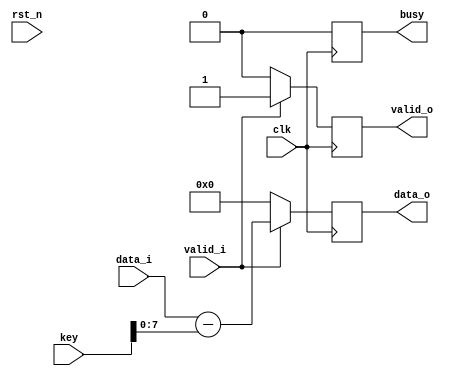
`timescale 1ns / 1ps


`define RESET 0
`define LISTENING 10
module caesar_decryption#(
				parameter D_WIDTH = 8,
				parameter KEY_WIDTH = 16
			)(
			// Clock and reset interface
			input clk,
			input rst_n,
			
			// Input interface
			input[D_WIDTH - 1:0] data_i,
			input valid_i,
			
			// Decryption Key
			input[KEY_WIDTH - 1 : 0] key,
			
			// Output interface
			output reg busy,
			output reg[D_WIDTH - 1:0] data_o,
			output reg valid_o
    );

			
			always @(posedge clk) begin
				
				// Busy este mereu pe 0 in cazul acesta
				busy <= 0;
				
				// Tratare reset
				if(~rst_n) begin
					valid_o <= 0;
					data_o <= 0;
				end
				// Punem datele decodificate pe iesire la urmatorul
				// ciclu de ceas
				if(valid_i) begin
					data_o <= data_i - key;
					valid_o <= valid_i;
				end
				// Daca nu avem date pe intrare punem 0 pe iesire
				// si valid la clk urmator de ceas
				else begin
					valid_o <= 0;
					data_o <= 0;
				end
			end
			

			
endmodule